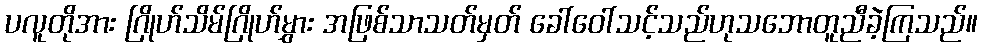
ပလူတိုအား ဂြိုဟ်သိမ်ဂြိုဟ်မွှား အဖြစ်သာသတ်မှတ် ခေါ်ဝေါ်သင့်သည်ဟုသဘောတူညီခဲ့ကြသည်။